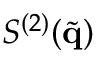
S ^ { ( 2 ) } ( \tilde { \mathbf { q } } )